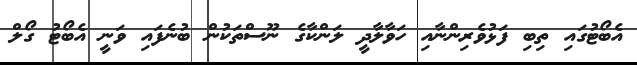
އެބޯޓުގައި ތިބި ފަޅުވެރިންނާއި ހަވާލާދީ ލަންކާގެ ނޫސްތަކުން ބުނެފައި ވަނީ އެބޯޓު ގޯލް